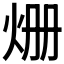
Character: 𤇒